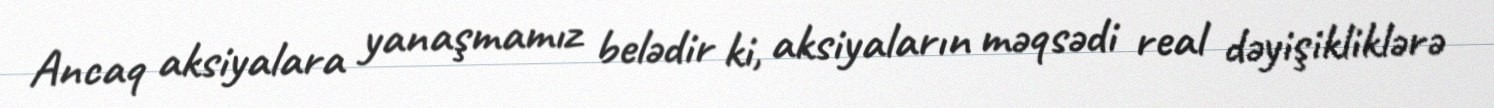
Ancaq aksiyalara yanaşmamız belədir ki, aksiyaların məqsədi real dəyişikliklərə